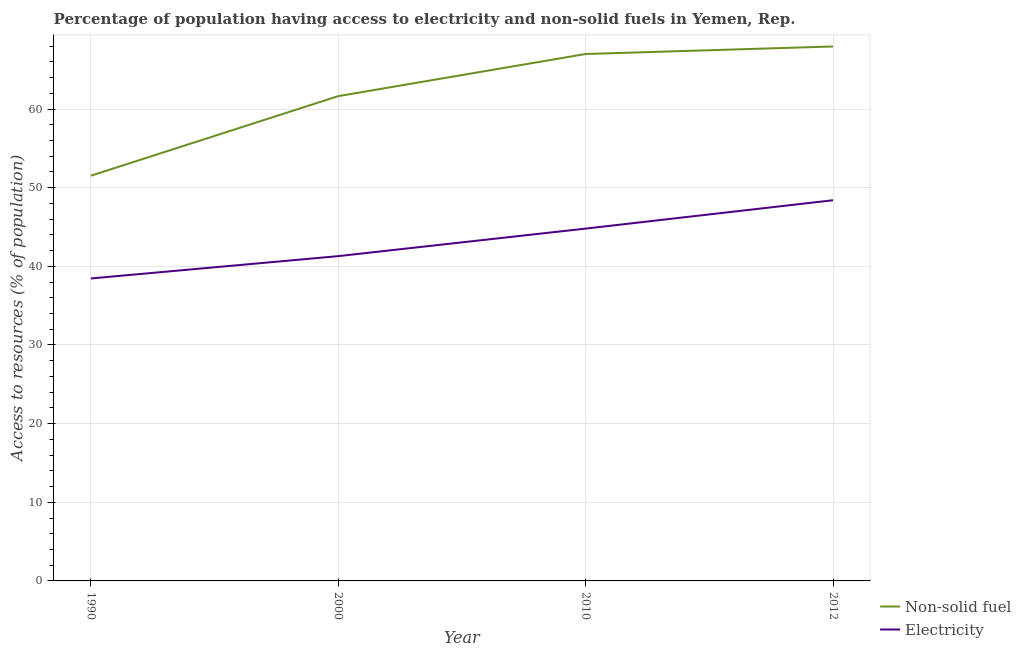
| Year | Non-solid fuel | Electricity |
 | --- | --- | --- |
 | 1990 | 51.5 | 38.5 |
 | 2000 | 61.6 | 41.3 |
 | 2010 | 67 | 44.8 |
 | 2012 | 68 | 48.4 |